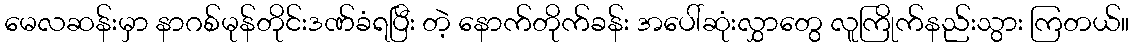
မေလဆန်းမှာ နာဂစ်မုန်တိုင်းဒဏ်ခံရပြီး တဲ့ နောက်တိုက်ခန်း အပေါ်ဆုံးလွှာတွေ လူကြိုက်နည်းသွား ကြတယ်။